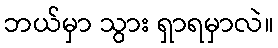
ဘယ်မှာ သွား ရှာရမှာလဲ။